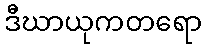
ဒီဃာယုကတရော